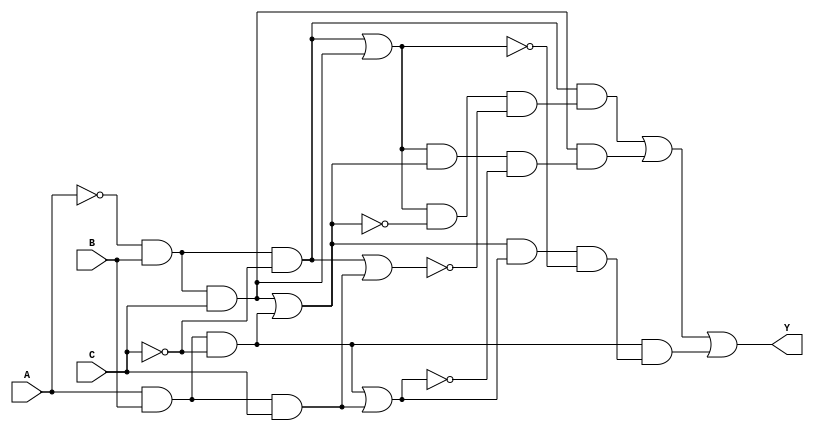
module essential_prime_imply (
    input wire A, B, C,
    output wire Y
);

// Minterm definition for the function (for example, F(A,B,C) = (1, 2, 5, 6))
wire m1, m2, m5, m6;

// Define the minterms based on the truth table
assign m1 = ~A & B & ~C;  // minterm 1: A' B C'
assign m2 = ~A & B & C;   // minterm 2: A' B C
assign m5 = A & B & ~C;    // minterm 5: A B C'
assign m6 = A & B & C;     // minterm 6: A B C

// Generate prime implicants
wire p1, p2, p3, p4;

// Prime implicants from minterms (this is a simplified assumption)
assign p1 = m1 | m2; // Covers minterms 1 and 2
assign p2 = m2 | m5; // Covers minterms 2 and 5
assign p3 = m5 | m6; // Covers minterms 5 and 6
assign p4 = m1 | m6; // Covers minterms 1 and 6

// Identify essential prime implicants
wire e1, e2, e3;

// EPI logic: Check which prime implicants are essential
assign e1 = m1 & (p1 & ~p2 & ~p4); // Essential if covered by p1 only
assign e2 = m2 & (p1 & p2 & ~p3);   // Essential if covered by p1 and p2 only
assign e3 = m5 & (p2 & p3 & ~p1);   // Essential if covered by p2 and p3 only

// Combine essential prime implicants to produce final output
assign Y = e1 | e2 | e3;

endmodule